Indian journal of veterinary science and animal husbandry - Volume 11,
Year: 1941
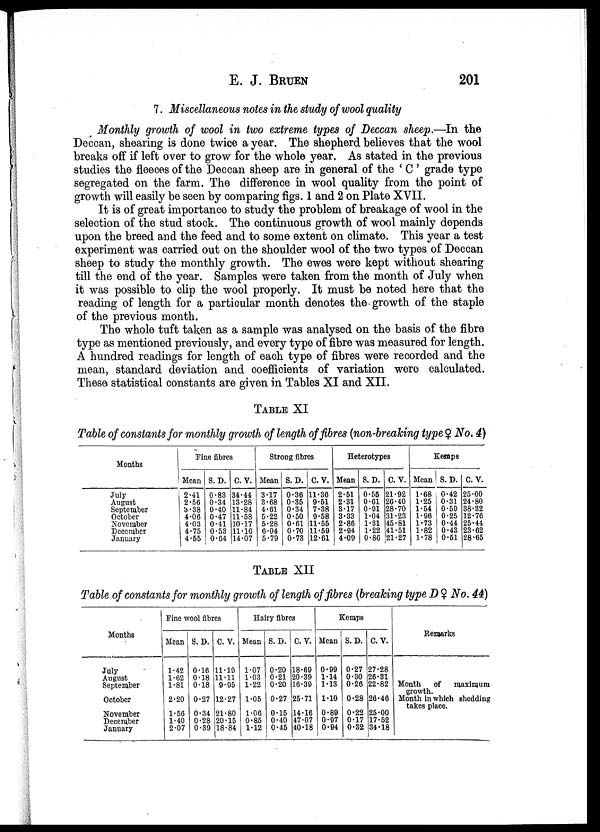
E. J. BRUEN 201
7. Miscellaneous notes in the study of wool quality
Monthly growth of wool in two extreme types of Deccan sheep.—In the
Deccan, shearing is done twice a year. The shepherd believes that the wool
breaks off if left over to grow for the whole year. As stated in the previous
studies the fleeces of the Deccan sheep are in general of the ' C ' grade type
segregated on the farm. The difference in wool quality from the point of
growth will easily be seen by comparing figs. 1 and 2 on Plate XVII.
It is of great importance to study the problem of breakage of wool in the
selection of the stud stock. The continuous growth of wool mainly depends
upon the breed and the feed and to some extent on climate. This year a test
experiment was carried out on the shoulder wool of the two types of Deccan
sheep to study the monthly growth. The ewes were kept without shearing
till the end of the year. Samples were taken from the month of July when
it was possible to clip the wool properly. It must be noted here that the
reading of length for a particular month denotes the growth of the staple
of the previous month.
The whole tuft taken as a sample was analysed on the basis of the fibre
type as mentioned previously, and every type of fibre was measured for length.
A hundred readings for length of each type of fibres were recorded and the
mean, standard deviation and coefficients of variation were calculated.
These statistical constants are given in Tables XI and XII.
TABLE XI
Table of constants for monthly growth of length of fibres (non-breaking type ♀ No.4)
Months
July
August
September
October
November
December
January
Fine fibres
Mean
2.41
2.56
3.38
4.06
4.03
4.75
4.55
S.D.
0.83
0.34
0.40
0.47
0.41
0.53
0.64
C.V.
34.44
13.28
11.84
11.58
10.17
11.16
14.07
Strong fibres
Mean
3.17
3.68
4.61
5.22
5.28
6.04
5.79
S.D.
0.36
0.35
0.34
0.50
0.61
0.70
0.73
C.V.
11.36
9.51
7.38
9.58
11.55
11.59
12.61
Heterotypes
Mean
2.51
2.31
3.17
3.33
2.86
2.94
4.09
S.D.
0.55
0.61
0.91
1.04
1.31
1.22
0.86
C.V.
21.92
26.40
28.70
31.23
45.81
41.51
21.27
Kemps
Mean
1.68
1.25
1.54
1.96
1.73
1.82
1.78
S.D.
0.42
0.31
0.59
0.25
0.44
0.43
0.51
C.V.
25.00
24.80
38.32
12.76
25.44
23.62
28.65
TABLE XII
Table of constants for monthly growth of length of fibres (breaking type D ♀ No. 44)
Months
July
August
September
October
November
December
January
Fine wool fibres
Mean
1.42
1.62
1.81
2.20
1.56
1.40
2.07
S.D
0.16
0.18
0.18
0.27
0.34
0.28
0.39
c.v.
11.19
11.11
9.95
12.27
21.80
20.15
18.84
Hairy fibres
Mean
1.07
1.03
1.22
1.05
1.06
0.85
1.12
S.D.
0.20
0.21
0.20
0.27
0.15
, 0.40
0.45
C.V.
18.69
20.39
16.39
25.71
14.16
47.07
40.18
Kemps
Mean
0.99
1.14
1.13
1.10
0.89
0.97
0.94
S.D.
0.27
0.30
0.26
0.28
0.22
0.17
0.32
C.V.
27.28
26.31
22.82
26.46
25.00
17.52
34.18
Remarks
Month of maximum
growth. Month in which shedding
takes place.